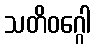
သတိဝဂ္ဂေါ